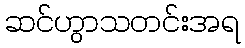
ဆင်ဟွာသတင်းအရ